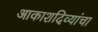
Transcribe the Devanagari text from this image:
आकाशदिव्यांचा